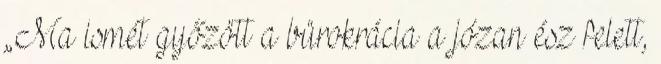
„Ma ismét győzött a bürokrácia a józan ész felett,